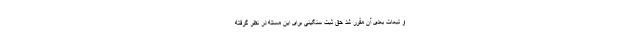
و تبعات بعدی آن مقرر شد حق ثبت سنگینی برای این مسئله در نظر گرفته